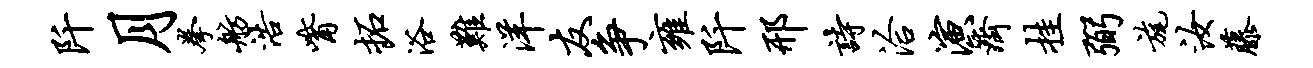
阡月拳舫浩觜拓浴难洋友争雍阡邢诗洽演济挂弼旄汝藤